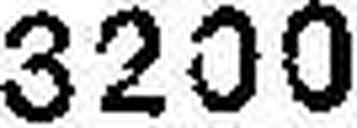
3200